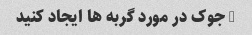
3 جوک در مورد گربه ها ایجاد کنید